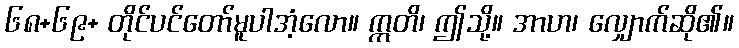
၆၈+၆၉+ တိုင်ပင်တော်မူပါအံ့လော။ ဣတိ၊ ဤသို့။ အာဟ၊ လျှောက်ဆို၏။